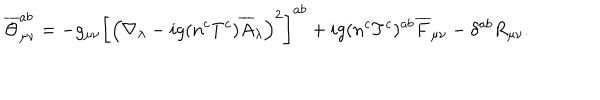
\overline { { { \Theta } } } _ { \mu \nu } ^ { a b } = - g _ { \mu \nu } \left[ \left( \nabla _ { \lambda } - i g ( n ^ { c } T ^ { c } ) \overline { { { A } } } _ { \lambda } \right) ^ { 2 } \right] ^ { a b } + i g ( n ^ { c } T ^ { c } ) ^ { a b } \overline { { { F } } } _ { \mu \nu } - \delta ^ { a b } R _ { \mu \nu } .